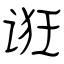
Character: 诳